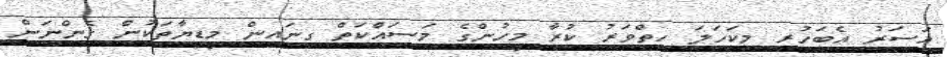
އަސަރު އެބަހުރި މިކަހަލަ ހިތްވަރު ކުރާ މީހުންގެ މަސައްކަތް ގިނައިން މީޑިޔާތަކުން ގެންނަން